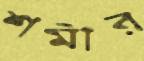
শমীর